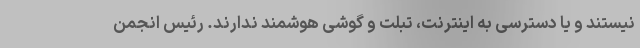
نیستند و یا دسترسی به اینترنت، تبلت و گوشی هوشمند ندارند. رئیس انجمن